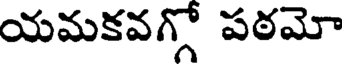
యమకవగ్గో పఠమో